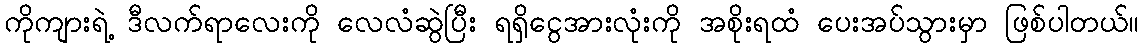
ကိုကျားရဲ့ ဒီလက်ရာလေးကို လေလံဆွဲပြီး ရရှိငွေအားလုံးကို အစိုးရထံ ပေးအပ်သွားမှာ ဖြစ်ပါတယ်။